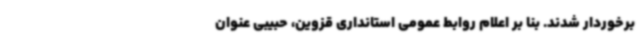
برخوردار شدند. بنا بر اعلام روابط عمومی استانداری قزوین، حبیبی عنوان